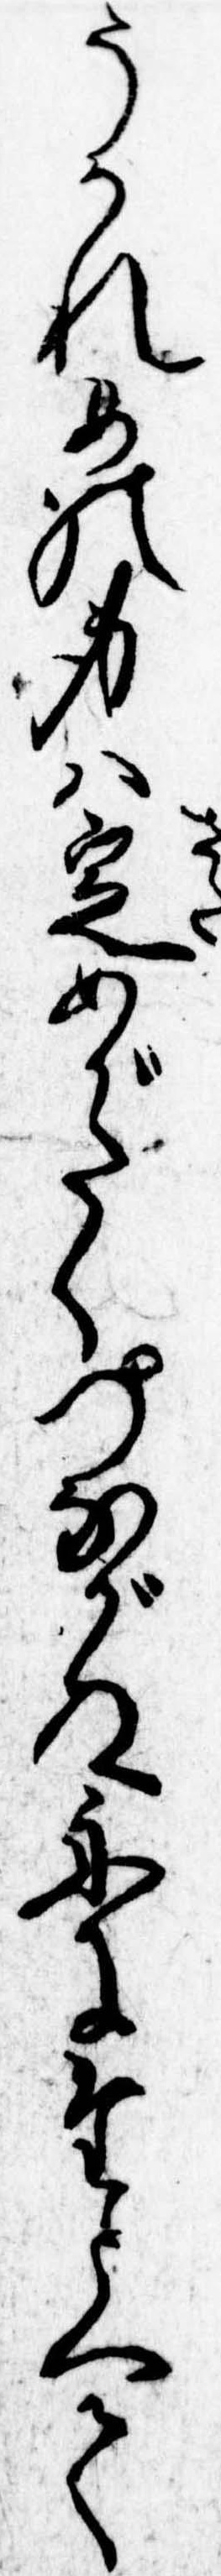
うかれめの身は定めがたくつながぬ舟にたとへて